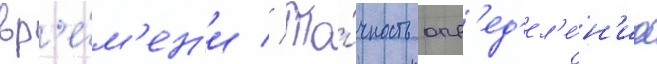
вр'е́м'ен'и // То́чность опр'ед'ел'е́н'иа